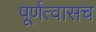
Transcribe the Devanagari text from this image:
पूर्णत्वासच